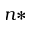
n *